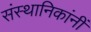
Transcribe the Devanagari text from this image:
संस्थानिकांनीं